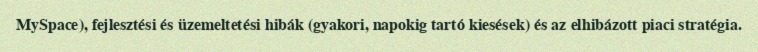
MySpace), fejlesztési és üzemeltetési hibák (gyakori, napokig tartó kiesések) és az elhibázott piaci stratégia.